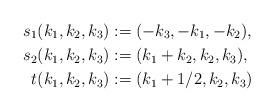
LaTeX: \begin{align*}s_1(k_1, k_2, k_3) & := (-k_3, -k_1, -k_2), \\s_2(k_1, k_2, k_3) & := (k_1 + k_2, k_2, k_3), \\t(k_1, k_2, k_3) & := (k_1 + 1/2, k_2, k_3)\end{align*}